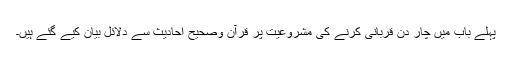
پہلے باب میں چار دن قربانی کرنے کی مشروعیت پر قرآن وصحیح احادیث سے دلائل بیان کیے گئے ہیں۔